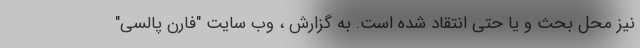
نیز محل بحث و یا حتی انتقاد شده است. به گزارش ، وب سایت "فارن پالسی"